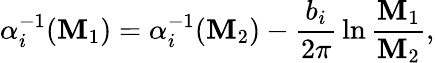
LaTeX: \alpha_{i}^{-1}(\mathbf{M}_{1})=\alpha_{i}^{-1}(\mathbf{M}_{2})-{\frac{{b_{i}}}{{2\pi}}}\ln{\frac{{\mathbf{M}_{1}}}{{\mathbf{M}_{2}}}},